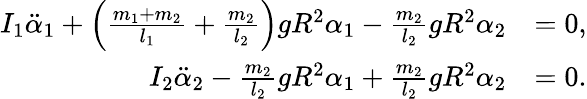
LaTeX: \begin{array}{rl}{I_{1}\ddot{\alpha}_{1}+\left(\frac{m_{1}+m_{2}}{l_{1}}+\frac{m_{2}}{l_{2}}\right)gR^{2}\alpha_{1}-\frac{m_{2}}{l_{2}}gR^{2}\alpha_{2}}&{=0,}\\ {I_{2}\ddot{\alpha}_{2}-\frac{m_{2}}{l_{2}}gR^{2}\alpha_{1}+\frac{m_{2}}{l_{2}}gR^{2}\alpha_{2}}&{=0.}\end{array}